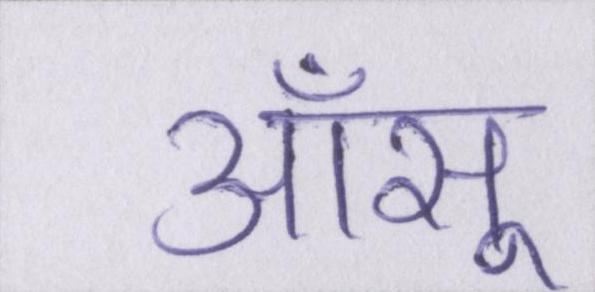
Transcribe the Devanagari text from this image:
आँसू